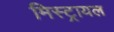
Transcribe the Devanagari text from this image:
मिस्ट्रायल